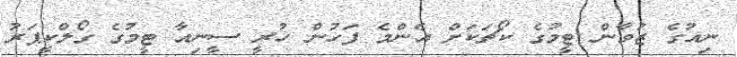
ނިއުގެ ޒުވާން ޓީމުގެ ކޯޗަކަށް އެންމެ ފަހުން ހުރީ ސީނިއާ ޓީމުގެ ގޯލްކީޕަރު